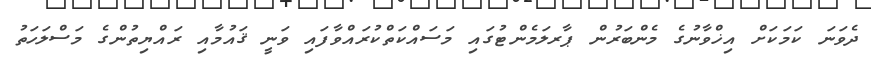
ދެވަނަ ކަމަކަށް އިޚްވާނުގެ މެންބަރުން ޕާރލަމެންޓުގައި މަސައްކަތްކުރައްވާފައި ވަނީ ޤައުމާއި ރައްޔިތުންގެ މަސްލަހަތު